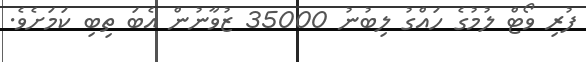
ފުރި ވޯޓް ލުމުގެ ހައްގު ލިބުނު 35000 ޒުވާނުން އެބަ ތިބި ކަމަށެވެ.